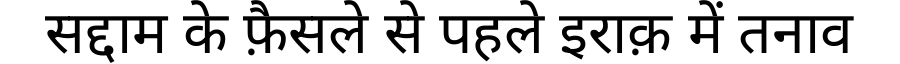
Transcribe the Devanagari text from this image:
सद्दाम के फ़ैसले से पहले इराक़ में तनाव